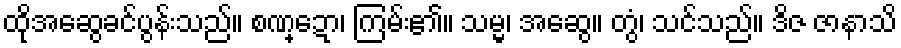
ထိုအဆွေခင်ပွန်းသည်။ စဏ္ဍော၊ ကြမ်း၏။ သမ္မ၊ အဆွေ။ တွံ၊ သင်သည်။ ဒိဇ ဇာနာသိ